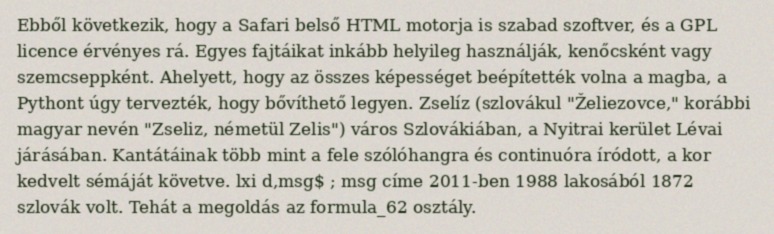
Ebből következik, hogy a Safari belső HTML motorja is szabad szoftver, és a GPL licence érvényes rá. Egyes fajtáikat inkább helyileg használják, kenőcsként vagy szemcseppként. Ahelyett, hogy az összes képességet beépítették volna a magba, a Pythont úgy tervezték, hogy bővíthető legyen. Zselíz (szlovákul "Želiezovce," korábbi magyar nevén "Zseliz, németül Zelis") város Szlovákiában, a Nyitrai kerület Lévai járásában. Kantátáinak több mint a fele szólóhangra és continuóra íródott, a kor kedvelt sémáját követve. lxi d,msg$ ; msg címe 2011-ben 1988 lakosából 1872 szlovák volt. Tehát a megoldás az formula_62 osztály.